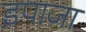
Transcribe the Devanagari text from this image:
इपाजा